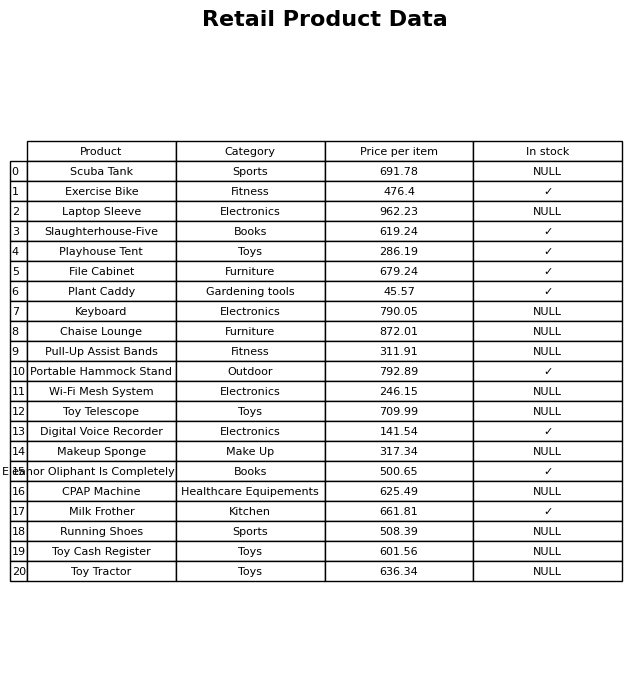
question: Is the Laptop Sleeve in stock?
answer: NULL